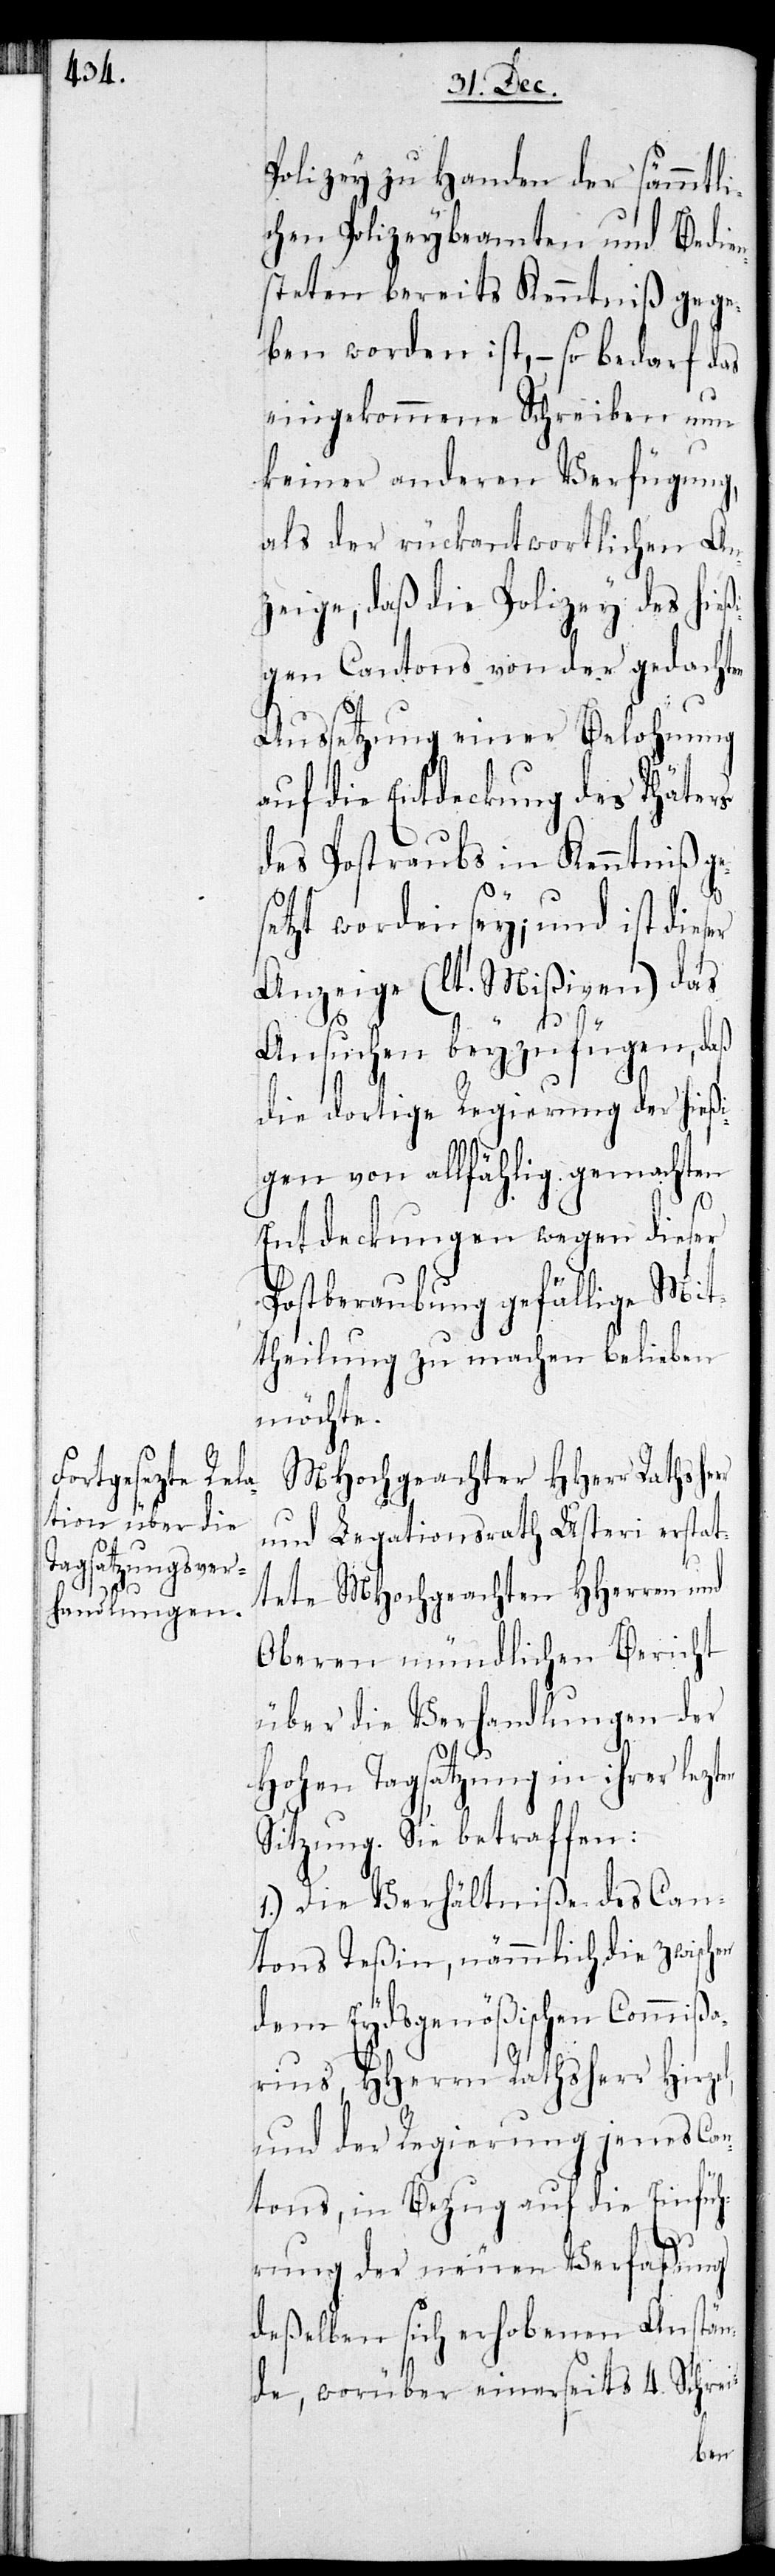
Polizey zu Handen der sämmtli¬
chen Polizeybeamten und Bedie¬
nsteten bereits Kenntniß gege¬
ben worden ist, – so bedarf das
eingekommene Schreiben nun
keiner anderen Verfügung,
als der rückantwortlichen An¬
zeige, daß die Polizey des hieß¬
igen Cantons von der gedachten
Aussetzung einer Belohnung
auf die Entdeckung des Thäters
des Postraubs in Kenntniß ge¬
setzt worden sey; und ist die¬
Anzeige (lt. Mißiven) das
Ansuchen beyzufügen, daß
die dortige Regierung der hießi¬
gen von allfählig gemachten
en
Entdeckungen wegen dieser
Postberaubung gefällige Mit¬
theilung zu machen belieben
möchte.
MHochgeachter HHerr Rathsher¬
und Legationsrath Usteri erstat¬
tet MHochgeachten HHerren und
Oberen mündlichen Bericht
über die Verhandlungen der
Hohen Tagsatzung in ihrer lezt¬
Sitzung. Sie betreffen:
1.) Die Verhältniße des Can¬
tons Teßin, nämmlich die zwischen
dem Eydsgenößischen Commißa¬
rius, HHerrn Rathsherr Hirzel,
und der Regierung jenes Can¬
tons, in Bezug auf die Einfüh¬
rung der neuen Verfaßung
deßelben sich erhobenen Anstän¬
de, worüber einerseits 4 Schrei-